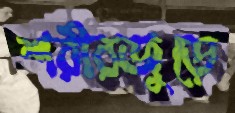
শরীরজুড়ে